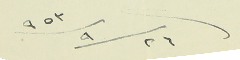
٢٦/٩/٩٥٣